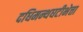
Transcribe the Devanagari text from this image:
दधिमन्थघटीभेत्ता